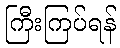
ကြီးကြပ်ရန်